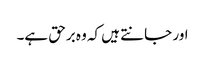
اور جانتے ہیں کہ وہ برحق ہے۔